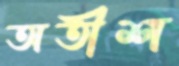
অতীশ